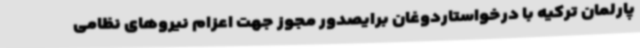
پارلمان ترکیه با درخواستاردوغان برایصدور مجوز جهت اعزام نیروهای نظامی